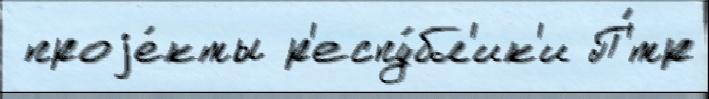
 проjе́кты р'еспу́бл'ик'и П'́тр